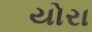
યોરા